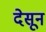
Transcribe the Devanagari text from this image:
देसून